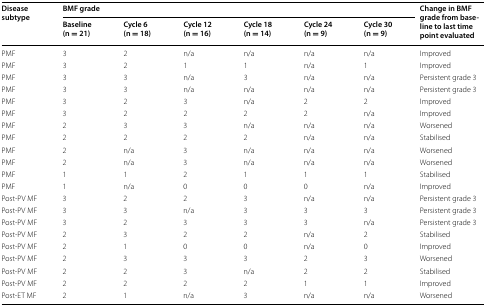
<table><thead><tr><td rowspan="2"><b>Disease subtype</b></td><td colspan="6"><b>BMF grade</b></td><td rowspan="2"><b>Change in BMF grade from baseline to last time point evaluated</b></td></tr><tr><td><b>Baseline (n = 21)</b></td><td><b>Cycle 6 (n = 18)</b></td><td><b>Cycle 12 (n = 16)</b></td><td><b>Cycle 18 (n = 14)</b></td><td><b>Cycle 24 (n = 9)</b></td><td><b>Cycle 30 (n = 9)</b></td></tr></thead><tbody><tr><td>PMF</td><td>3</td><td>2</td><td>n/a</td><td>n/a</td><td>n/a</td><td>n/a</td><td>Improved</td></tr><tr><td>PMF</td><td>3</td><td>2</td><td>1</td><td>1</td><td>n/a</td><td>1</td><td>Improved</td></tr><tr><td>PMF</td><td>3</td><td>3</td><td>n/a</td><td>3</td><td>n/a</td><td>n/a</td><td>Persistent grade 3</td></tr><tr><td>PMF</td><td>3</td><td>3</td><td>n/a</td><td>n/a</td><td>n/a</td><td>n/a</td><td>Persistent grade 3</td></tr><tr><td>PMF</td><td>3</td><td>2</td><td>3</td><td>n/a</td><td>2</td><td>2</td><td>Improved</td></tr><tr><td>PMF</td><td>3</td><td>2</td><td>2</td><td>2</td><td>2</td><td>n/a</td><td>Improved</td></tr><tr><td>PMF</td><td>2</td><td>3</td><td>3</td><td>n/a</td><td>n/a</td><td>n/a</td><td>Worsened</td></tr><tr><td>PMF</td><td>2</td><td>2</td><td>2</td><td>2</td><td>n/a</td><td>n/a</td><td>Stabilised</td></tr><tr><td>PMF</td><td>2</td><td>n/a</td><td>3</td><td>n/a</td><td>n/a</td><td>n/a</td><td>Worsened</td></tr><tr><td>PMF</td><td>2</td><td>n/a</td><td>3</td><td>n/a</td><td>n/a</td><td>n/a</td><td>Worsened</td></tr><tr><td>PMF</td><td>1</td><td>1</td><td>2</td><td>1</td><td>1</td><td>1</td><td>Stabilised</td></tr><tr><td>PMF</td><td>1</td><td>n/a</td><td>0</td><td>0</td><td>0</td><td>n/a</td><td>Improved</td></tr><tr><td>Post-PV MF</td><td>3</td><td>2</td><td>2</td><td>3</td><td>n/a</td><td>n/a</td><td>Persistent grade 3</td></tr><tr><td>Post-PV MF</td><td>3</td><td>3</td><td>n/a</td><td>3</td><td>3</td><td>3</td><td>Persistent grade 3</td></tr><tr><td>Post-PV MF</td><td>3</td><td>2</td><td>3</td><td>3</td><td>3</td><td>n/a</td><td>Persistent grade 3</td></tr><tr><td>Post-PV MF</td><td>2</td><td>3</td><td>2</td><td>2</td><td>n/a</td><td>2</td><td>Stabilised</td></tr><tr><td>Post-PV MF</td><td>2</td><td>1</td><td>0</td><td>0</td><td>n/a</td><td>0</td><td>Improved</td></tr><tr><td>Post-PV MF</td><td>2</td><td>3</td><td>3</td><td>3</td><td>2</td><td>3</td><td>Worsened</td></tr><tr><td>Post-PV MF</td><td>2</td><td>2</td><td>3</td><td>n/a</td><td>2</td><td>2</td><td>Stabilised</td></tr><tr><td>Post-PV MF</td><td>2</td><td>2</td><td>2</td><td>2</td><td>1</td><td>1</td><td>Improved</td></tr><tr><td>Post-ET MF</td><td>2</td><td>1</td><td>n/a</td><td>3</td><td>n/a</td><td>n/a</td><td>Worsened</td></tr></tbody></table>